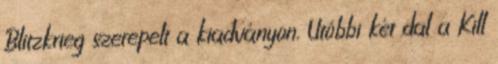
Blitzkrieg szerepelt a kiadványon. Utóbbi két dal a Kill